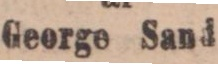
George Sand